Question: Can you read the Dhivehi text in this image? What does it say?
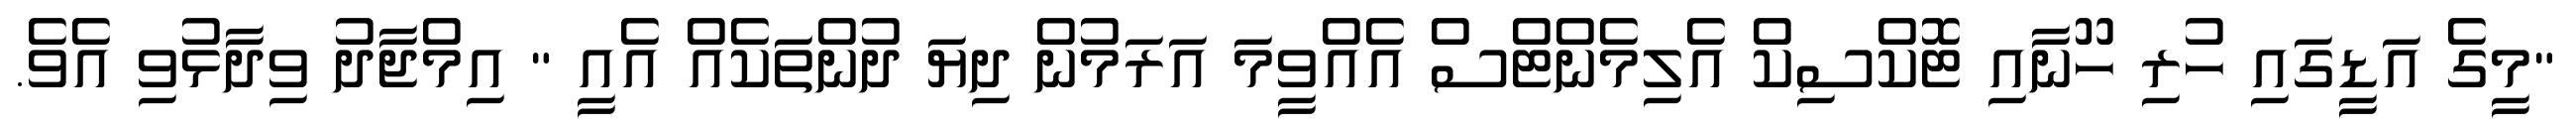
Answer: "މީގެ އަޑީގައި ހުރި ހޫނާއި ޓޮކްސިކް އެލިމެންޓްސް އެއްވީމަ އަރަމުން ދިޔަ ދުންތަކެއް އެއީ " އިމްޖާދު ވިދާޅުވި އެވެ.